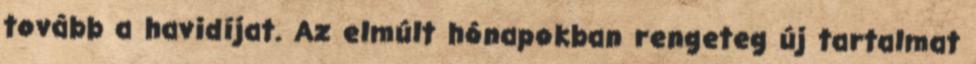
tovább a havidíjat. Az elmúlt hónapokban rengeteg új tartalmat